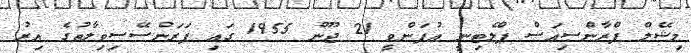
މިޝޭލް ފްރާންސިއަސް ޕްލެޓިނީ އުފަންވީ 21 ޖޫން 1955 ގައި ފަރަންސޭސިވިލާތުގެ އިރު